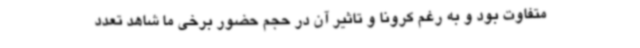
متفاوت بود و به رغم کرونا و تاثیر آن در حجم حضور برخی ما شاهد تعدد